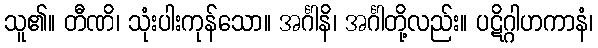
သူ၏။ တီဏိ၊ သုံးပါးကုန်သော။ အင်္ဂါနိ၊ အင်္ဂါတို့လည်း။ ပဋိဂ္ဂါဟကာနံ၊